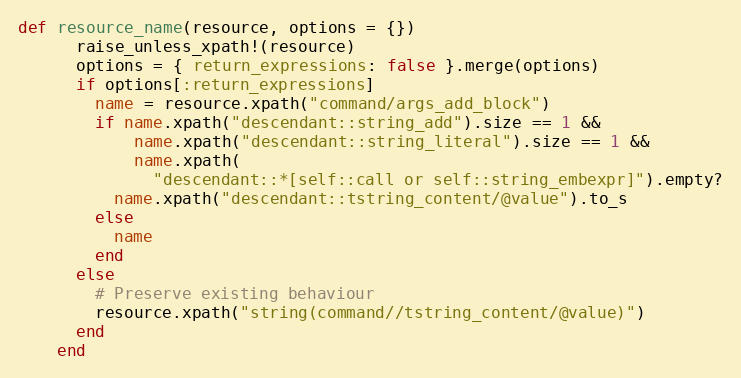
Language: Ruby
def resource_name(resource, options = {})
      raise_unless_xpath!(resource)
      options = { return_expressions: false }.merge(options)
      if options[:return_expressions]
        name = resource.xpath("command/args_add_block")
        if name.xpath("descendant::string_add").size == 1 &&
            name.xpath("descendant::string_literal").size == 1 &&
            name.xpath(
              "descendant::*[self::call or self::string_embexpr]").empty?
          name.xpath("descendant::tstring_content/@value").to_s
        else
          name
        end
      else
        # Preserve existing behaviour
        resource.xpath("string(command//tstring_content/@value)")
      end
    end